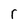
Character: r